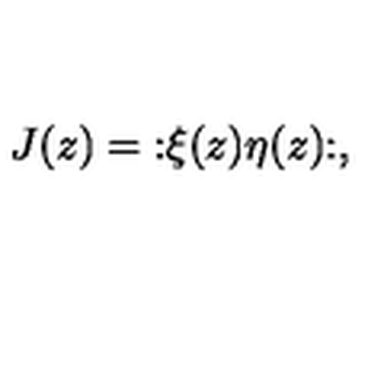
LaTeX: J ( z ) = \mathopen : \xi ( z ) \eta ( z ) \mathclose : ,